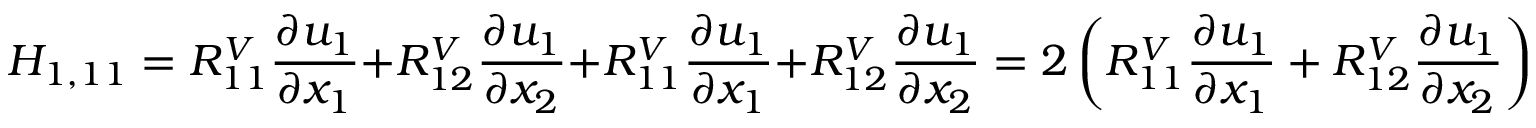
H _ { 1 , 1 1 } = R _ { 1 1 } ^ { V } \frac { \partial u _ { 1 } } { \partial x _ { 1 } } + R _ { 1 2 } ^ { V } \frac { \partial u _ { 1 } } { \partial x _ { 2 } } + R _ { 1 1 } ^ { V } \frac { \partial u _ { 1 } } { \partial x _ { 1 } } + R _ { 1 2 } ^ { V } \frac { \partial u _ { 1 } } { \partial x _ { 2 } } = 2 \left( R _ { 1 1 } ^ { V } \frac { \partial u _ { 1 } } { \partial x _ { 1 } } + R _ { 1 2 } ^ { V } \frac { \partial u _ { 1 } } { \partial x _ { 2 } } \right) ,